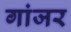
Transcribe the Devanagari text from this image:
गांजर